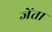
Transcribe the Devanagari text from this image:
जेंता